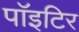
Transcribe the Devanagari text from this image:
पाॅइटिर